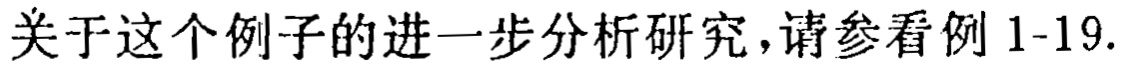
关于这个例子的进一步分析研究，请参看例 1-19.